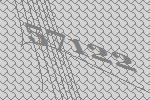
57122